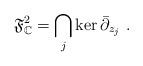
LaTeX: \begin{align*}\mathfrak{F}^2_{\mathbb{C}}= \bigcap_j{\rm ker}\,\bar \partial_{z_j} \ .\end{align*}